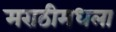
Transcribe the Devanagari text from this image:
मराठीमधला